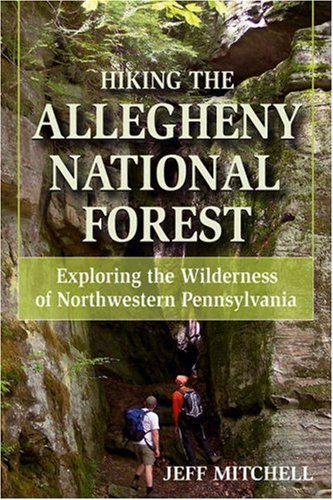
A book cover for Hiking the Allegheny National Forest: Exploring the Wilderness of Northwestern Pennsylvania; Jeff Mitchell; Travel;